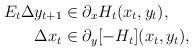
LaTeX: \begin{align*} E_t\Delta y_{t+1}&\in \partial_{x} H_t(x_{t},y_t),\\ \Delta x_t &\in \partial_{y}[-H_t](x_{t},y_t), \end{align*}